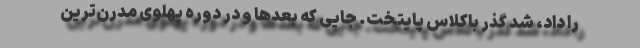
را داد، شد گذر باکلاس پایتخت. جایی که بعدها و در دوره پهلوی مدرن‌ترین